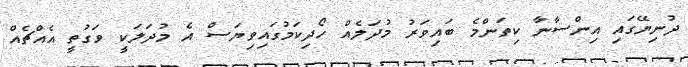
ދުނިޔޭގައި އިންސާނާ ކިތަންމެ ބައިވަރު މުދަލެއް ހޯދިކަމުގައިވިޔަސް އެ މުދަލަކީ ވަގުތީ އެއްޗެއް